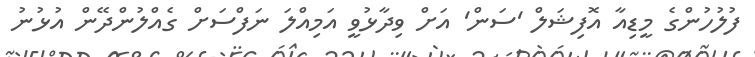
ފުލުހުންގެ މީޑިއާ އޮފިޝަލް 'ސަން' އަށް ވިދާޅުވީ އަމިއްލަ ނަފްސަށް ގެއްލުންދޭން އުޅުނު